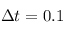
\Delta t = 0 . 1